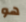
هو